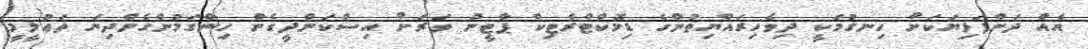
އެއް ދަންފަޅިޔަކަށް ހިނގުމަކީ ދިވެހިރައްޔިތުންގެ ޑިމޮކްޓްރެޓިކް ޕާޓީން ވަރަށް އިސްކަންދީގެން ހިންގަމުންގެންދިޔަ ތަޢުލީމީ